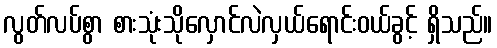
လွတ်လပ်စွာ စားသုံးသိုလှောင်လဲလှယ်ရောင်းဝယ်ခွင့် ရှိသည်။